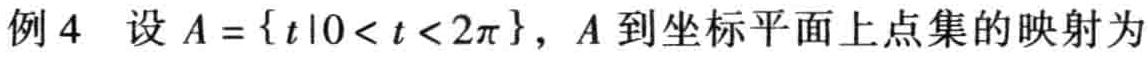
例 4 设 \(A = \{ t|0 < t < 2\pi\}\)，\(A\) 到坐标平面上点集的映射为